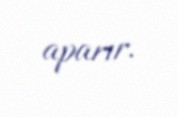
aparır.